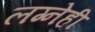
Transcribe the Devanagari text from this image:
लग्नेही